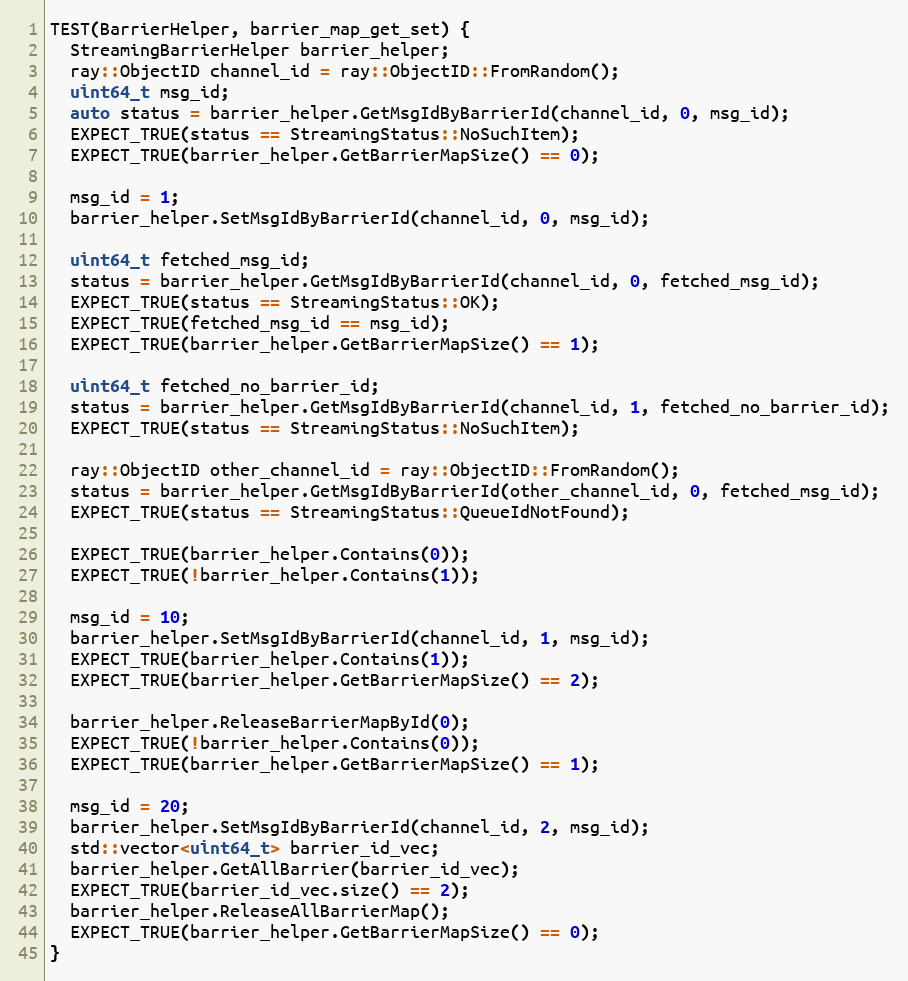
Language: C++
TEST(BarrierHelper, barrier_map_get_set) {
  StreamingBarrierHelper barrier_helper;
  ray::ObjectID channel_id = ray::ObjectID::FromRandom();
  uint64_t msg_id;
  auto status = barrier_helper.GetMsgIdByBarrierId(channel_id, 0, msg_id);
  EXPECT_TRUE(status == StreamingStatus::NoSuchItem);
  EXPECT_TRUE(barrier_helper.GetBarrierMapSize() == 0);

  msg_id = 1;
  barrier_helper.SetMsgIdByBarrierId(channel_id, 0, msg_id);

  uint64_t fetched_msg_id;
  status = barrier_helper.GetMsgIdByBarrierId(channel_id, 0, fetched_msg_id);
  EXPECT_TRUE(status == StreamingStatus::OK);
  EXPECT_TRUE(fetched_msg_id == msg_id);
  EXPECT_TRUE(barrier_helper.GetBarrierMapSize() == 1);

  uint64_t fetched_no_barrier_id;
  status = barrier_helper.GetMsgIdByBarrierId(channel_id, 1, fetched_no_barrier_id);
  EXPECT_TRUE(status == StreamingStatus::NoSuchItem);

  ray::ObjectID other_channel_id = ray::ObjectID::FromRandom();
  status = barrier_helper.GetMsgIdByBarrierId(other_channel_id, 0, fetched_msg_id);
  EXPECT_TRUE(status == StreamingStatus::QueueIdNotFound);

  EXPECT_TRUE(barrier_helper.Contains(0));
  EXPECT_TRUE(!barrier_helper.Contains(1));

  msg_id = 10;
  barrier_helper.SetMsgIdByBarrierId(channel_id, 1, msg_id);
  EXPECT_TRUE(barrier_helper.Contains(1));
  EXPECT_TRUE(barrier_helper.GetBarrierMapSize() == 2);

  barrier_helper.ReleaseBarrierMapById(0);
  EXPECT_TRUE(!barrier_helper.Contains(0));
  EXPECT_TRUE(barrier_helper.GetBarrierMapSize() == 1);

  msg_id = 20;
  barrier_helper.SetMsgIdByBarrierId(channel_id, 2, msg_id);
  std::vector<uint64_t> barrier_id_vec;
  barrier_helper.GetAllBarrier(barrier_id_vec);
  EXPECT_TRUE(barrier_id_vec.size() == 2);
  barrier_helper.ReleaseAllBarrierMap();
  EXPECT_TRUE(barrier_helper.GetBarrierMapSize() == 0);
}